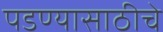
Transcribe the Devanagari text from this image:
पडण्यासाठीचे